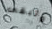
وتبقى